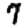
Digit: 7